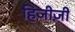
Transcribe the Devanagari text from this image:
हिजीज़ी